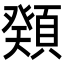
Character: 𩔆